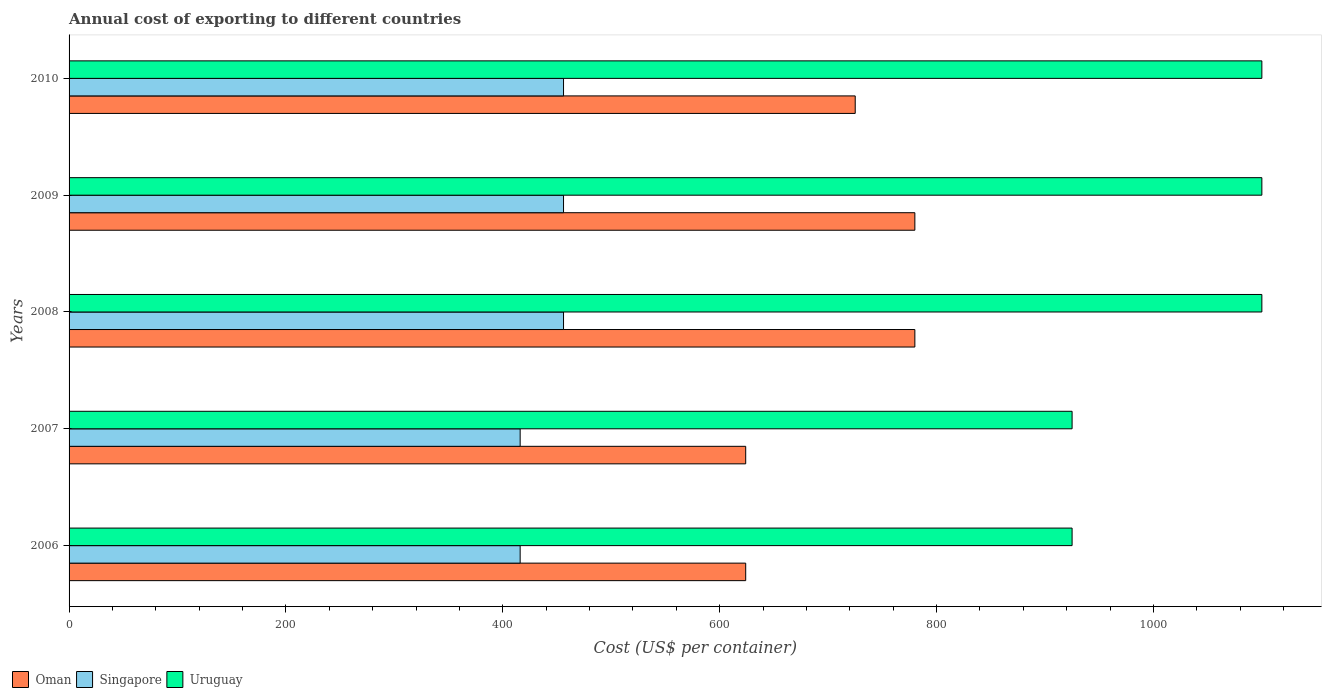
| Years | Oman | Singapore | Uruguay |
 | --- | --- | --- | --- |
 | 2006 | 624 | 416 | 925 |
 | 2007 | 624 | 416 | 925 |
 | 2008 | 780 | 456 | 1.1e+03 |
 | 2009 | 780 | 456 | 1.1e+03 |
 | 2010 | 725 | 456 | 1.1e+03 |